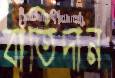
বাতিদান